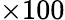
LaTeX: \times 100